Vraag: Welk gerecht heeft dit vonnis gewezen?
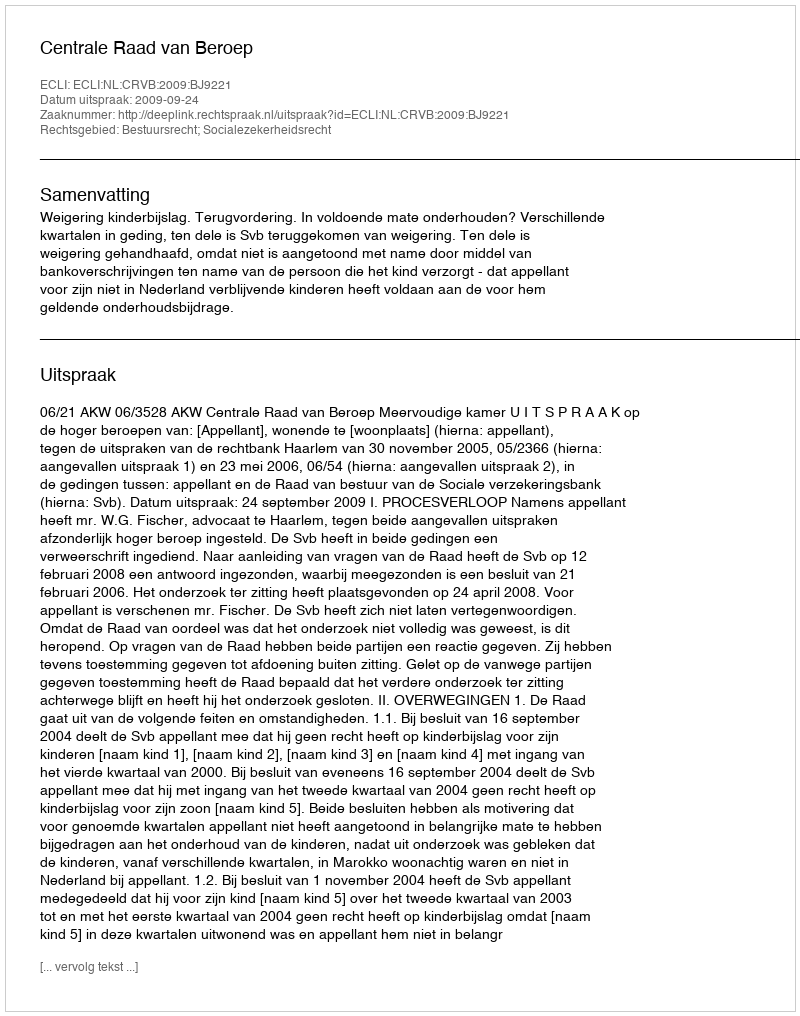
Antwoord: Centrale Raad van Beroep